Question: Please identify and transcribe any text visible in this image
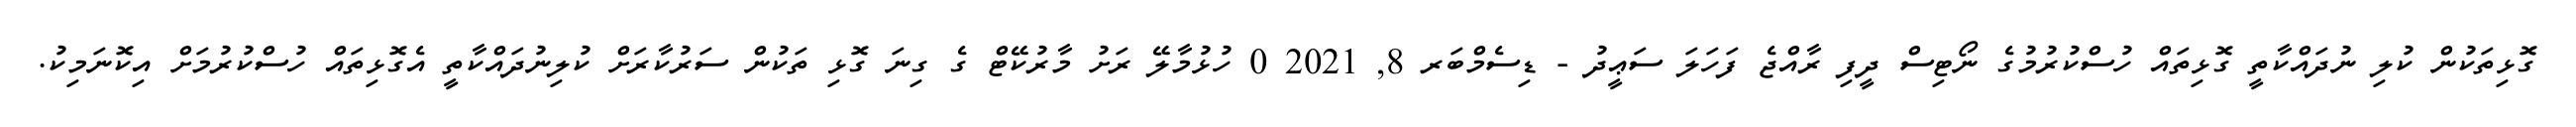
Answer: ގޮޅިތަކުން ކުލި ނުދައްކާތީ ގޮޅިތައް ހުސްކުރުމުގެ ނޯޓިސް ދީފި ރާއްޖެ ފަހަލަ ސަޢީދު - ޑިސެމްބަރ 8, 2021 0 ހުޅުމާލޭ ރަށު މާރުކޭޓް ގެ ގިނަ ގޮޅި ތަކުން ސަރުކާރަށް ކުލިނުދައްކާތީ އެގޮޅިތައް ހުސްކުރުމަށް އިކޮނަމިކު.